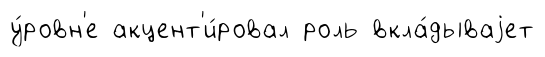
у́ровн'е акцент'и́ровал роль вкла́дываjет